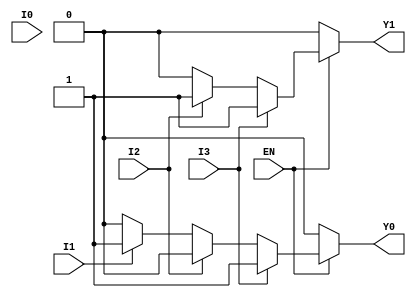
module encoder_4to2 (
    input wire I0,   // Input 0
    input wire I1,   // Input 1
    input wire I2,   // Input 2
    input wire I3,   // Input 3
    input wire EN,   // Enable signal
    output reg Y1,   // Output 1
    output reg Y0    // Output 0
);
    
    always @(*) begin
        if (!EN) begin
            // If the enable signal is low, set outputs to 0
            Y1 = 1'b0;
            Y0 = 1'b0;
        end else begin
            // Encoder logic with priority
            if (I3) begin
                Y1 = 1'b1;
                Y0 = 1'b1;
            end else if (I2) begin
                Y1 = 1'b1;
                Y0 = 1'b0;
            end else if (I1) begin
                Y1 = 1'b0;
                Y0 = 1'b1;
            end else if (I0) begin
                Y1 = 1'b0;
                Y0 = 1'b0;
            end else begin
                // If no inputs are active, outputs remain at 0
                Y1 = 1'b0;
                Y0 = 1'b0;
            end
        end
    end

endmodule